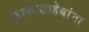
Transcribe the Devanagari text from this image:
काकासाहेबांना